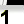
Digit: 1